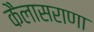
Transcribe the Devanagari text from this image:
कैलासराणा